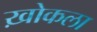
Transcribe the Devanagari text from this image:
ख़ोकला